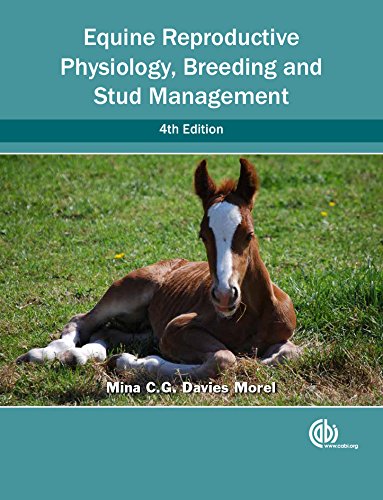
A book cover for Equine Reproductive Physiology, Breeding and Stud Management; Mina C. G. Davies Morel; Medical Books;